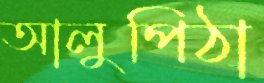
আলুপিঠা